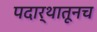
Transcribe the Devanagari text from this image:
पदार्थातूनच